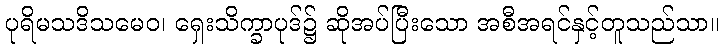
ပုရိမသဒိသမေဝ၊ ရှေးသိက္ခာပုဒ်၌ ဆိုအပ်ပြီးသော အစီအရင်နှင့်တူသည်သာ။